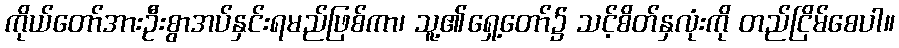
ကိုယ်တော်အားဦးစွာအပ်နှင်းရမည်ဖြစ်ကာ၊ သူ့၏ရှေ့တော်၌ သင့်စိတ်နှလုံးကို တည်ငြိမ်စေပါ။